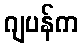
ဂျပန်က